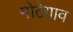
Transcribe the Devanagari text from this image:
मोठेगाव